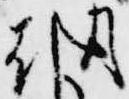
朝